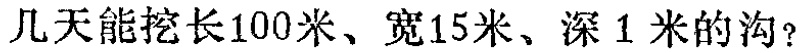
几天能挖长100米、宽15米、深 1 米的沟？